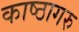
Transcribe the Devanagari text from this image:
काष्ठागरु